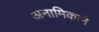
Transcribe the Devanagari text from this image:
अनामिकाने